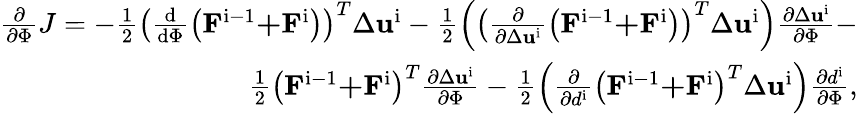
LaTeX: \begin{array}{r}{\frac{\partial}{\partial\Phi}J=-\frac{1}{2}{{\left(\frac{\mathrm{d}}{\mathrm{d}\Phi}\left({{\mathbf{F}}^{\mathrm{i-1}}}\mathbf{+}{{\mathbf{F}}^{\mathrm{i}}}\right)\right)}^{T}}\Delta{{\mathbf{u}}^{\mathrm{i}}}-\frac{1}{2}\left({{\left(\frac{\partial}{\partial\Delta{{\mathbf{u}}^{\mathrm{i}}}}\left({{\mathbf{F}}^{\mathrm{i-1}}}\mathbf{+}{{\mathbf{F}}^{\mathrm{i}}}\right)\right)}^{T}}\Delta{{\mathbf{u}}^{\mathrm{i}}}\right)\frac{\partial\Delta{{\mathbf{u}}^{\mathrm{i}}}}{\partial\Phi}-}\\ {\frac{1}{2}{{\left({{\mathbf{F}}^{\mathrm{i-1}}}\mathbf{+}{{\mathbf{F}}^{\mathrm{i}}}\right)}^{T}}\frac{\partial\Delta{{\mathbf{u}}^{\mathrm{i}}}}{\partial\Phi}-\frac{1}{2}\left(\frac{\partial}{\partial{{d}^{\mathrm{i}}}}{{\left({{\mathbf{F}}^{\mathrm{i-1}}}\mathbf{+}{{\mathbf{F}}^{\mathrm{i}}}\right)}^{T}}\Delta{{\mathbf{u}}^{\mathrm{i}}}\right)\frac{\partial{{d}^{\mathrm{i}}}}{\partial\Phi},}\end{array}